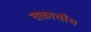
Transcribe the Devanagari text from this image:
चकाचौंथ